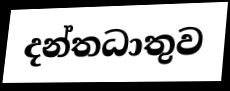
දන්තධාතුව